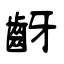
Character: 齖